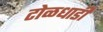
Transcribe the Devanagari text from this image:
टोळधाडी